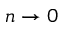
n \to 0